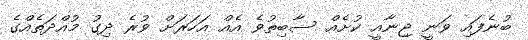
ބުނެފައި ވަނީ ޖިނާއީ ކުށެއް ސާބިތުވެ އެއް އަހަރަށް ވުރެ ދިގު މުއްދަތެއްގެ